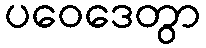
ပဝေဒေတွာ